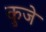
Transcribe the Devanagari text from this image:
कुजे